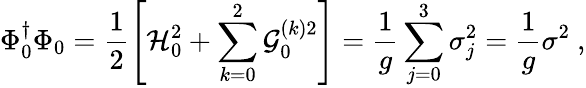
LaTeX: \Phi_{0}^{\dagger}\Phi_{0}=\frac{1}{2}\left[{\cal{H}}_{0}^{2}+\sum_{k=0}^{2}{\cal{G}}_{0}^{(k)2}\right]=\frac{1}{g}\sum_{j=0}^{3}{\sigma}_{j}^{2}=\frac{1}{g}{\sigma}^{2}\ ,